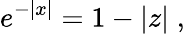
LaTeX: e^{-|x|}=1-|z|\; ,